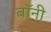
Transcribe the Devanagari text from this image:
बाॅनी